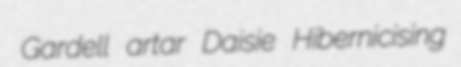
Gardell artar Daisie Hibernicising